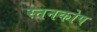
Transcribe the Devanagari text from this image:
स्तनकोप